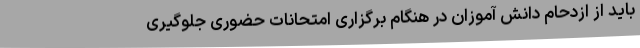
باید از ازدحام دانش آموزان در هنگام برگزاری امتحانات حضوری جلوگیری